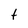
Character: t